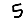
Digit: 5